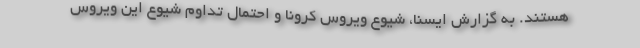
هستند. به گزارش ایسنا، شیوع ویروس کرونا و احتمال تداوم شیوع این ویروس